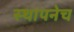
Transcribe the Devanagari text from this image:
स्थापनेच